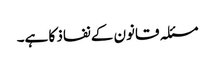
مسئلہ قانون کے نفاذ کا ہے۔